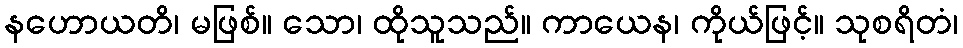
နဟောယတိ၊ မဖြစ်။ သော၊ ထိုသူသည်။ ကာယေန၊ ကိုယ်ဖြင့်။ သုစရိတံ၊